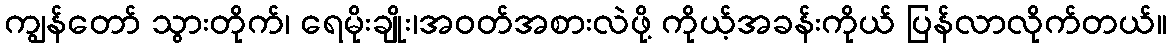
ကျွန်တော် သွားတိုက်၊ ရေမိုးချိုး၊အဝတ်အစားလဲဖို့ ကိုယ့်အခန်းကိုယ် ပြန်လာလိုက်တယ်။